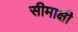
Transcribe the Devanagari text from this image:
सीमाक्षी